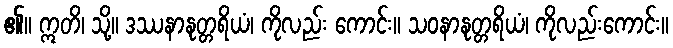
၏။ ဣတိ၊ သို့။ ဒဿနာနုတ္တရိယံ၊ ကိုလည်း ကောင်း။ သဝနာနုတ္တရိယံ၊ ကိုလည်းကောင်း။